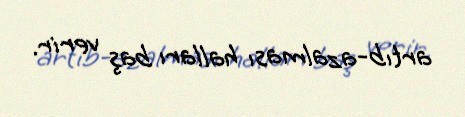
artıb-azalması halları baş verir.